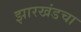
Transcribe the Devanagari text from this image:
झारखंडचा